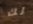
لك